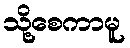
သို့စေကာမူ